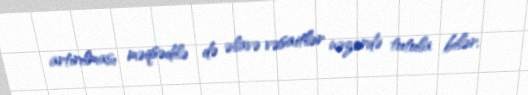
artırılması məqsədilə də əlavə vəsaitlər nəzərdə tutula bilər.